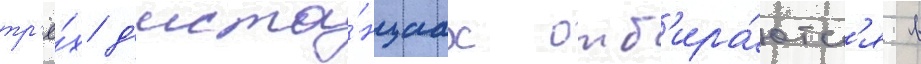
тр'ё́х д'иста́нциах отб'ира́ютс'я в